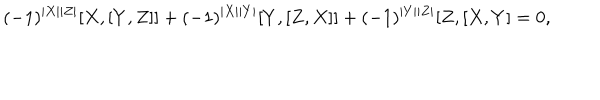
( - 1 ) ^ { | X | | Z | } [ X , [ Y , Z ] ] + ( - 1 ) ^ { | X | | Y | } [ Y , [ Z , X ] ] + ( - 1 ) ^ { | Y | | Z | } [ Z , [ X , Y ] = 0 ,